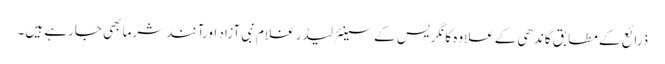
ذرائع کے مطابق گاندھی کےعلاوہ کانگریس کے سینئرلیڈر غلام نبی آزاد اورآنند شرما بھی جارہے ہیں۔